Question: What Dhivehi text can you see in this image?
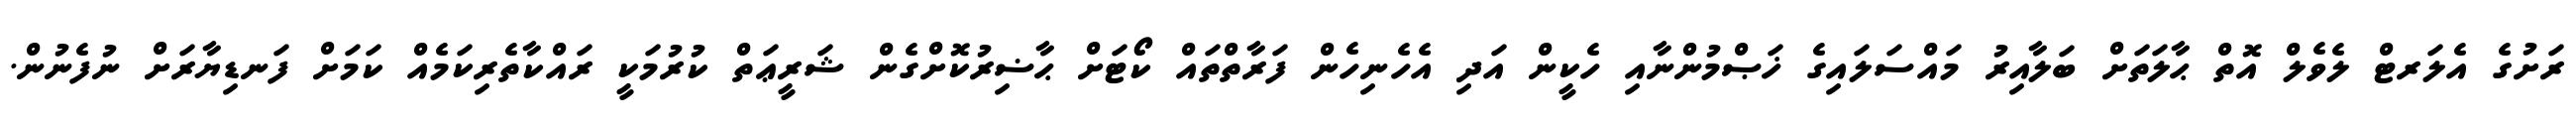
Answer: ރަށުގެ އެލަރޓް ލެވެލް އޮތް ޙާލަތަށް ބަލާއިރު މައްސަލައިގެ ޚަޞްމުންނާއި ހެކީން އަދި އެހެނިހެން ފަރާތްތައް ކޯޓަށް ޙާޟިރުކޮށްގެން ޝަރީޢަތް ކުރުމަކީ ރައްކާތެރިކަމެއް ކަމަށް ފަނޑިޔާރަށް ނުފެނުން.